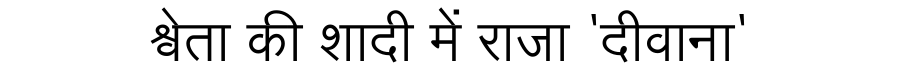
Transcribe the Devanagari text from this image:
श्वेता की शादी में राजा 'दीवाना'